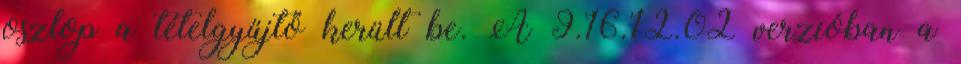
oszlop a tételgyűjtő került be. A 9.16.12.02 verzióban a